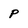
Character: p